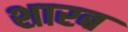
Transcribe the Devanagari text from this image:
शारब